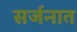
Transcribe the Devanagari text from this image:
सर्जनात